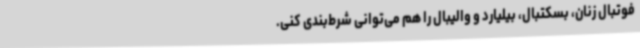
فوتبال زنان، بسکتبال، بیلیارد و والیبال را هم می‌توانی شرط‌بندی کنی.